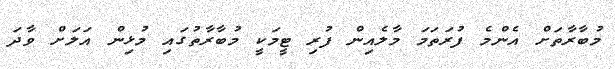
މުބާރާތަށް އެންމެ ފުރަތަމަ މާލެއިން ފުރި ޓީމަކީ މުބާރާތުގައި މުޅިން އަލަށް ވާދަ